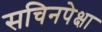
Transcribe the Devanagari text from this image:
सचिनपेक्षा